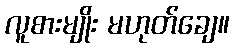
လူစားမျိုး မဟုတ်ချေ။